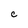
Character: c